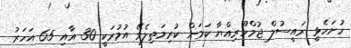
ހުށަހެޅީ ރައީސުލް ޖުމްހޫރިއްޔާ ކަމަށް ކުރިމަތިލެވޭ އުމުރަކީ 30 އާއި 65 އަހަރު